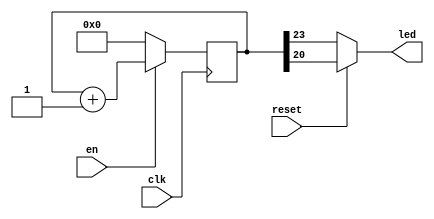


`define NRV_RAM 1095

`define RV_DEBUG_ICESUGAR_NANO


`ifdef RV_DEBUG_ICESUGAR_NANO
module led_blink(
				input en,  
                input  clk,
                output led,
				input reset
                );
   reg [25:0] 			  counter;
   assign led = (reset == 1) ? counter[20] : counter[23];

   initial begin
      counter = 0;
   end

   always @(posedge clk)
     begin
        if (en) counter <= counter + 1;
		else counter <= 0;
     end
endmodule

`endif //  `ifdef RV_DEBUG_ICESUGAR_NANO

module flash_spi(
	input clk_led,
	inout spi_mosi, 
	inout spi_miso,
	input SS,
	input spi_clk,
	output board_led,

					output CLK_T,

					output TXD,
					input TXD_T,

					input RESET,
					output reset
	);
	assign TXD = TXD_T;
	assign CLK_T = clk_led;

	reg en = 0;
	reg [7:0] recv_send;
	reg [31:0]			MEM[`NRV_RAM:0];
	reg [31:0]			rcv_data_dut;
	wire [31:0] 		word_data_dut;
	reg [5:0]			cnt_rcv = 32;
	reg [5:0]			cnt_snd = 0;
	reg [31:0]			cmd_addr_dut;
	reg 				sds;
	// wire       			receiving_dut = (rcv_bitcount_dut != 0);
	// wire       			sending_dut   = (snd_bitcount_dut != 0);
	assign  			spi_miso  = cmd_addr_dut[31];
   	wire [32 - 1:0] 	addr_dut;
   	assign 				addr_dut = {rcv_data_dut[19:0]};
   	wire [31:0] 		mem2;
   	assign mem2 =  		(cnt_rcv != 0) ? 32'hzzzz : 
   						{ MEM[addr_dut[17 - 1:2]] };

	assign word_data_dut = {mem2[7:0], mem2[15:8], mem2[23:16], mem2[31:24]};
	
	reg reset_debug;

	always @(posedge spi_clk or negedge reset) begin
		if (!reset) begin
			cnt_rcv <= 32;
			cnt_snd <= 0;
			reset_debug <= 1;
		end else begin
			reset_debug <= 0;
			if (SS == 0) begin
				if (cnt_rcv >= 1 && cnt_snd === 0) begin
					cnt_rcv <= cnt_rcv - 1;
					rcv_data_dut <= {rcv_data_dut[30:0], spi_mosi};
					sds = 0;
			end
			else if (cnt_rcv == 0 && sds == 0) begin
				cmd_addr_dut <= word_data_dut;
				cnt_snd <= 32;
				sds = 1;
			end
			else if (cnt_snd >= 1) begin
				cnt_snd <= cnt_snd - 1;
				cmd_addr_dut <= {cmd_addr_dut[30:0],1'b1};
			end
			end 
			if (cnt_snd == 1) cnt_rcv <= 32;
			if (mem2 == 32'h80010113) en <= 1;
		end
	end
		/* for debugging purposes */
	`ifdef RV_DEBUG_ICESUGAR_NANO
		led_blink 
	  			  my_debug_led(
                  .clk(clk_led),     
                  .led(board_led), 
				  .en(en),
				  .reset(reset_debug)
				  );
`endif

	reg [15:0] reset_cnt = 0;
	assign       reset = &reset_cnt;
   always @(posedge clk_led, posedge RESET) begin
    	if (RESET) begin
	 		reset_cnt <= 0;
      	end else begin
	 		reset_cnt <= reset_cnt + !reset;
      end
   end
	// always @(posedge spi_clk) begin
	// 	if (MEM[0] == 32'h004001B7 && MEM[605] == 32'h30703269 && MEM[466] == 32'h01000409)
	// 		en <= 1;
	// 	else en <= 0;
	// end
	initial begin
		MEM[0] <= 32'h004001B7;
		MEM[1] <= 32'h00002137;
		MEM[2] <= 32'h80010113;
		MEM[3] <= 32'h060000EF;
		MEM[4] <= 32'h00100073;
		MEM[5] <= 32'h00001941;
		MEM[6] <= 32'h73697200;
		MEM[7] <= 32'h01007663;
		MEM[8] <= 32'h0000000F;
		MEM[9] <= 32'h33767205;
		MEM[10] <= 32'h70326932;
		MEM[11] <= 32'h00000030;
		MEM[12] <= 32'h00400113;
		MEM[13] <= 32'h00112023;
		MEM[14] <= 32'h00050393;
		MEM[15] <= 32'h0003C503;
		MEM[16] <= 32'h00050863;
		MEM[17] <= 32'h098000EF;
		MEM[18] <= 32'h00138393;
		MEM[19] <= 32'hFF1FF06F;
		MEM[20] <= 32'h00012083;
		MEM[21] <= 32'h00410113;
		MEM[22] <= 32'h00008067;
		MEM[23] <= 32'h4154495B;
		MEM[24] <= 32'h4956522D;
		MEM[25] <= 32'h0D5D4154;
		MEM[26] <= 32'h0000000A;
		MEM[27] <= 32'h00001737;
		MEM[28] <= 32'h004046B7;
		MEM[29] <= 32'h00270713;
		MEM[30] <= 32'h00000793;
		MEM[31] <= 32'h00F6A023;
		MEM[32] <= 32'h00000517;
		MEM[33] <= 32'hFDC50513;
		MEM[34] <= 32'hFA9FF0EF;
		MEM[35] <= 32'h00378793;
		MEM[36] <= 32'hFEE796E3;
		MEM[37] <= 32'hFE5FF06F;
		MEM[38] <= 32'h3A434347;
		MEM[39] <= 32'h69532820;
		MEM[40] <= 32'h65766946;
		MEM[41] <= 32'h43434720;
		MEM[42] <= 32'h332E3820;
		MEM[43] <= 32'h322D302E;
		MEM[44] <= 32'h2E303230;
		MEM[45] <= 32'h302E3430;
		MEM[46] <= 32'h2E382029;
		MEM[47] <= 32'h00302E33;
		MEM[48] <= 32'h00001B41;
		MEM[49] <= 32'h73697200;
		MEM[50] <= 32'h01007663;
		MEM[51] <= 32'h00000011;
		MEM[52] <= 32'h72051004;
		MEM[53] <= 32'h69323376;
		MEM[54] <= 32'h00307032;
		MEM[55] <= 32'h00A1A423;
		MEM[56] <= 32'h20000293;
		MEM[57] <= 32'h0101A303;
		MEM[58] <= 32'h00537333;
		MEM[59] <= 32'hFE031CE3;
		MEM[60] <= 32'h00008067;
		MEM[61] <= 32'h00001941;
		MEM[62] <= 32'h73697200;
		MEM[63] <= 32'h01007663;
		MEM[64] <= 32'h0000000F;
		MEM[65] <= 32'h33767205;
		MEM[66] <= 32'h70326932;
	end

endmodule